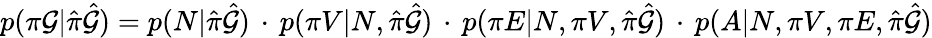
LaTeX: \begin{array}{r}{p(\pi\mathcal{G}|\hat{\pi}\hat{\mathcal{G}})=p(N|\hat{\pi}\hat{\mathcal{G}})\, \cdot\, p(\pi V|N,\hat{\pi}\hat{\mathcal{G}})\, \cdot\, p(\pi E|N,\pi V,\hat{\pi}\hat{\mathcal{G}})\, \cdot\, p(A|N,\pi V,\pi E,\hat{\pi}\hat{\mathcal{G}})}\end{array}